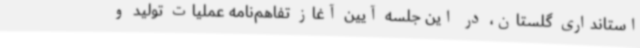
استانداری گلستان، در این جلسه آیین آغاز تفاهم‌نامه عملیات تولید و